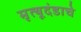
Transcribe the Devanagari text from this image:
मृत्यूदंडाचे